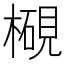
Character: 𱤓